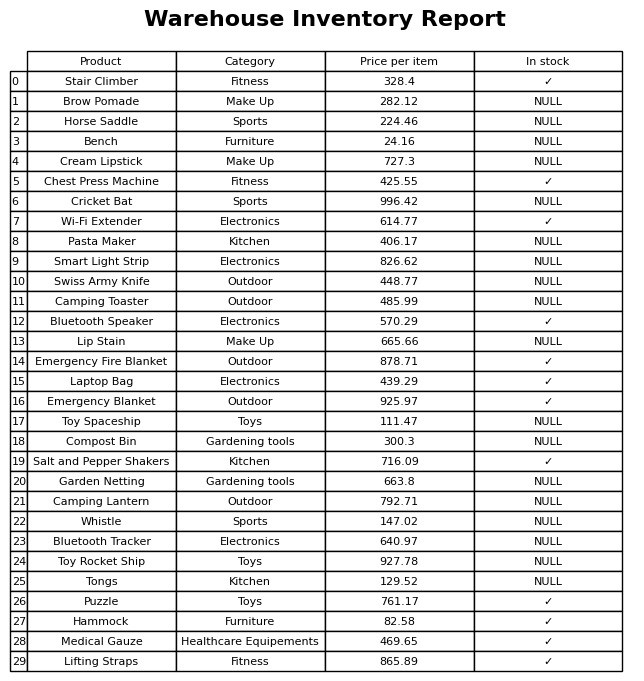
question: Is the Hammock in stock?
answer: ✓